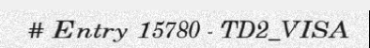
# Entry 15780 - TD2_VISA